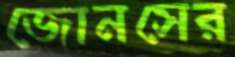
জোনসের